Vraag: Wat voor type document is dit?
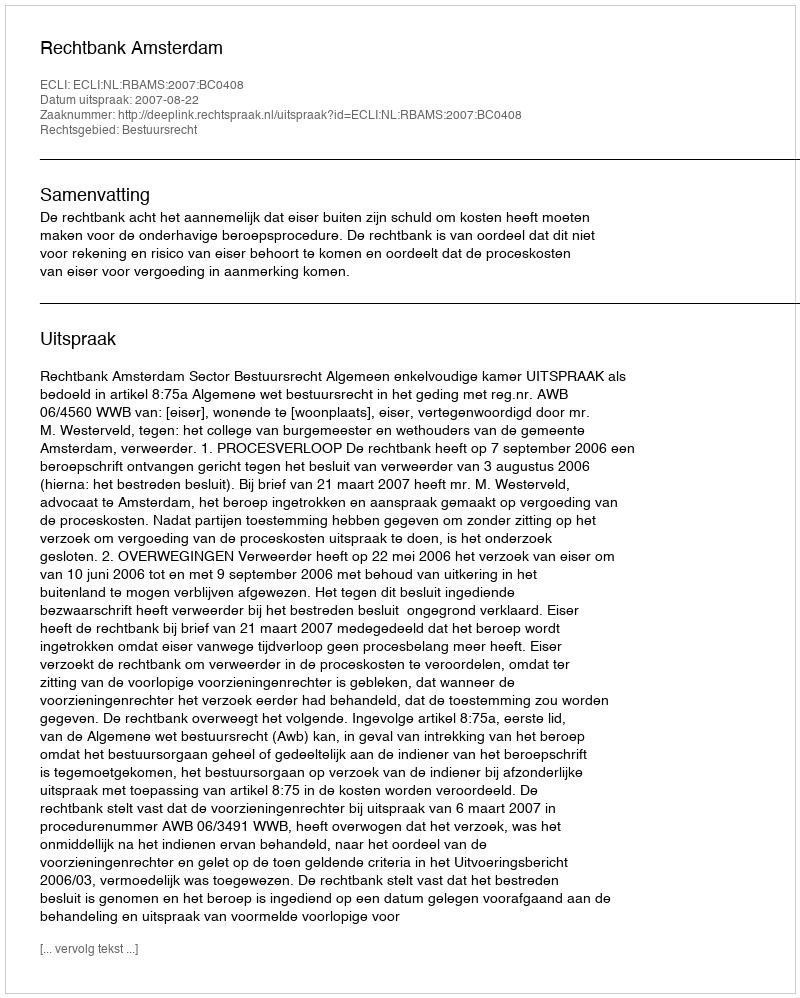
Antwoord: Uitspraak